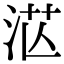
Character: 𣴭